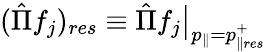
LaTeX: (\hat{\Pi}f_{j})_{res}\equiv\hat{\Pi}f_{j}\big|_{p_{\parallel}=p_{\parallel res}^{+}}